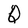
Character: Q